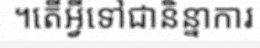
។តើអ្វីទៅជានិន្នាការ